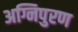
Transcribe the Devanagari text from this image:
अग्निपुरण